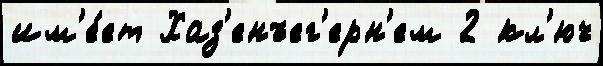
им'е́ет Хаз'енъег'ерн'ем 2 кл'юч